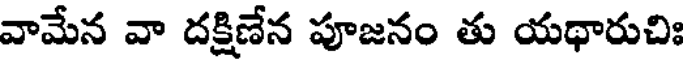
వామేన వా దక్షిణేన పూజనం తు యథారుచిః